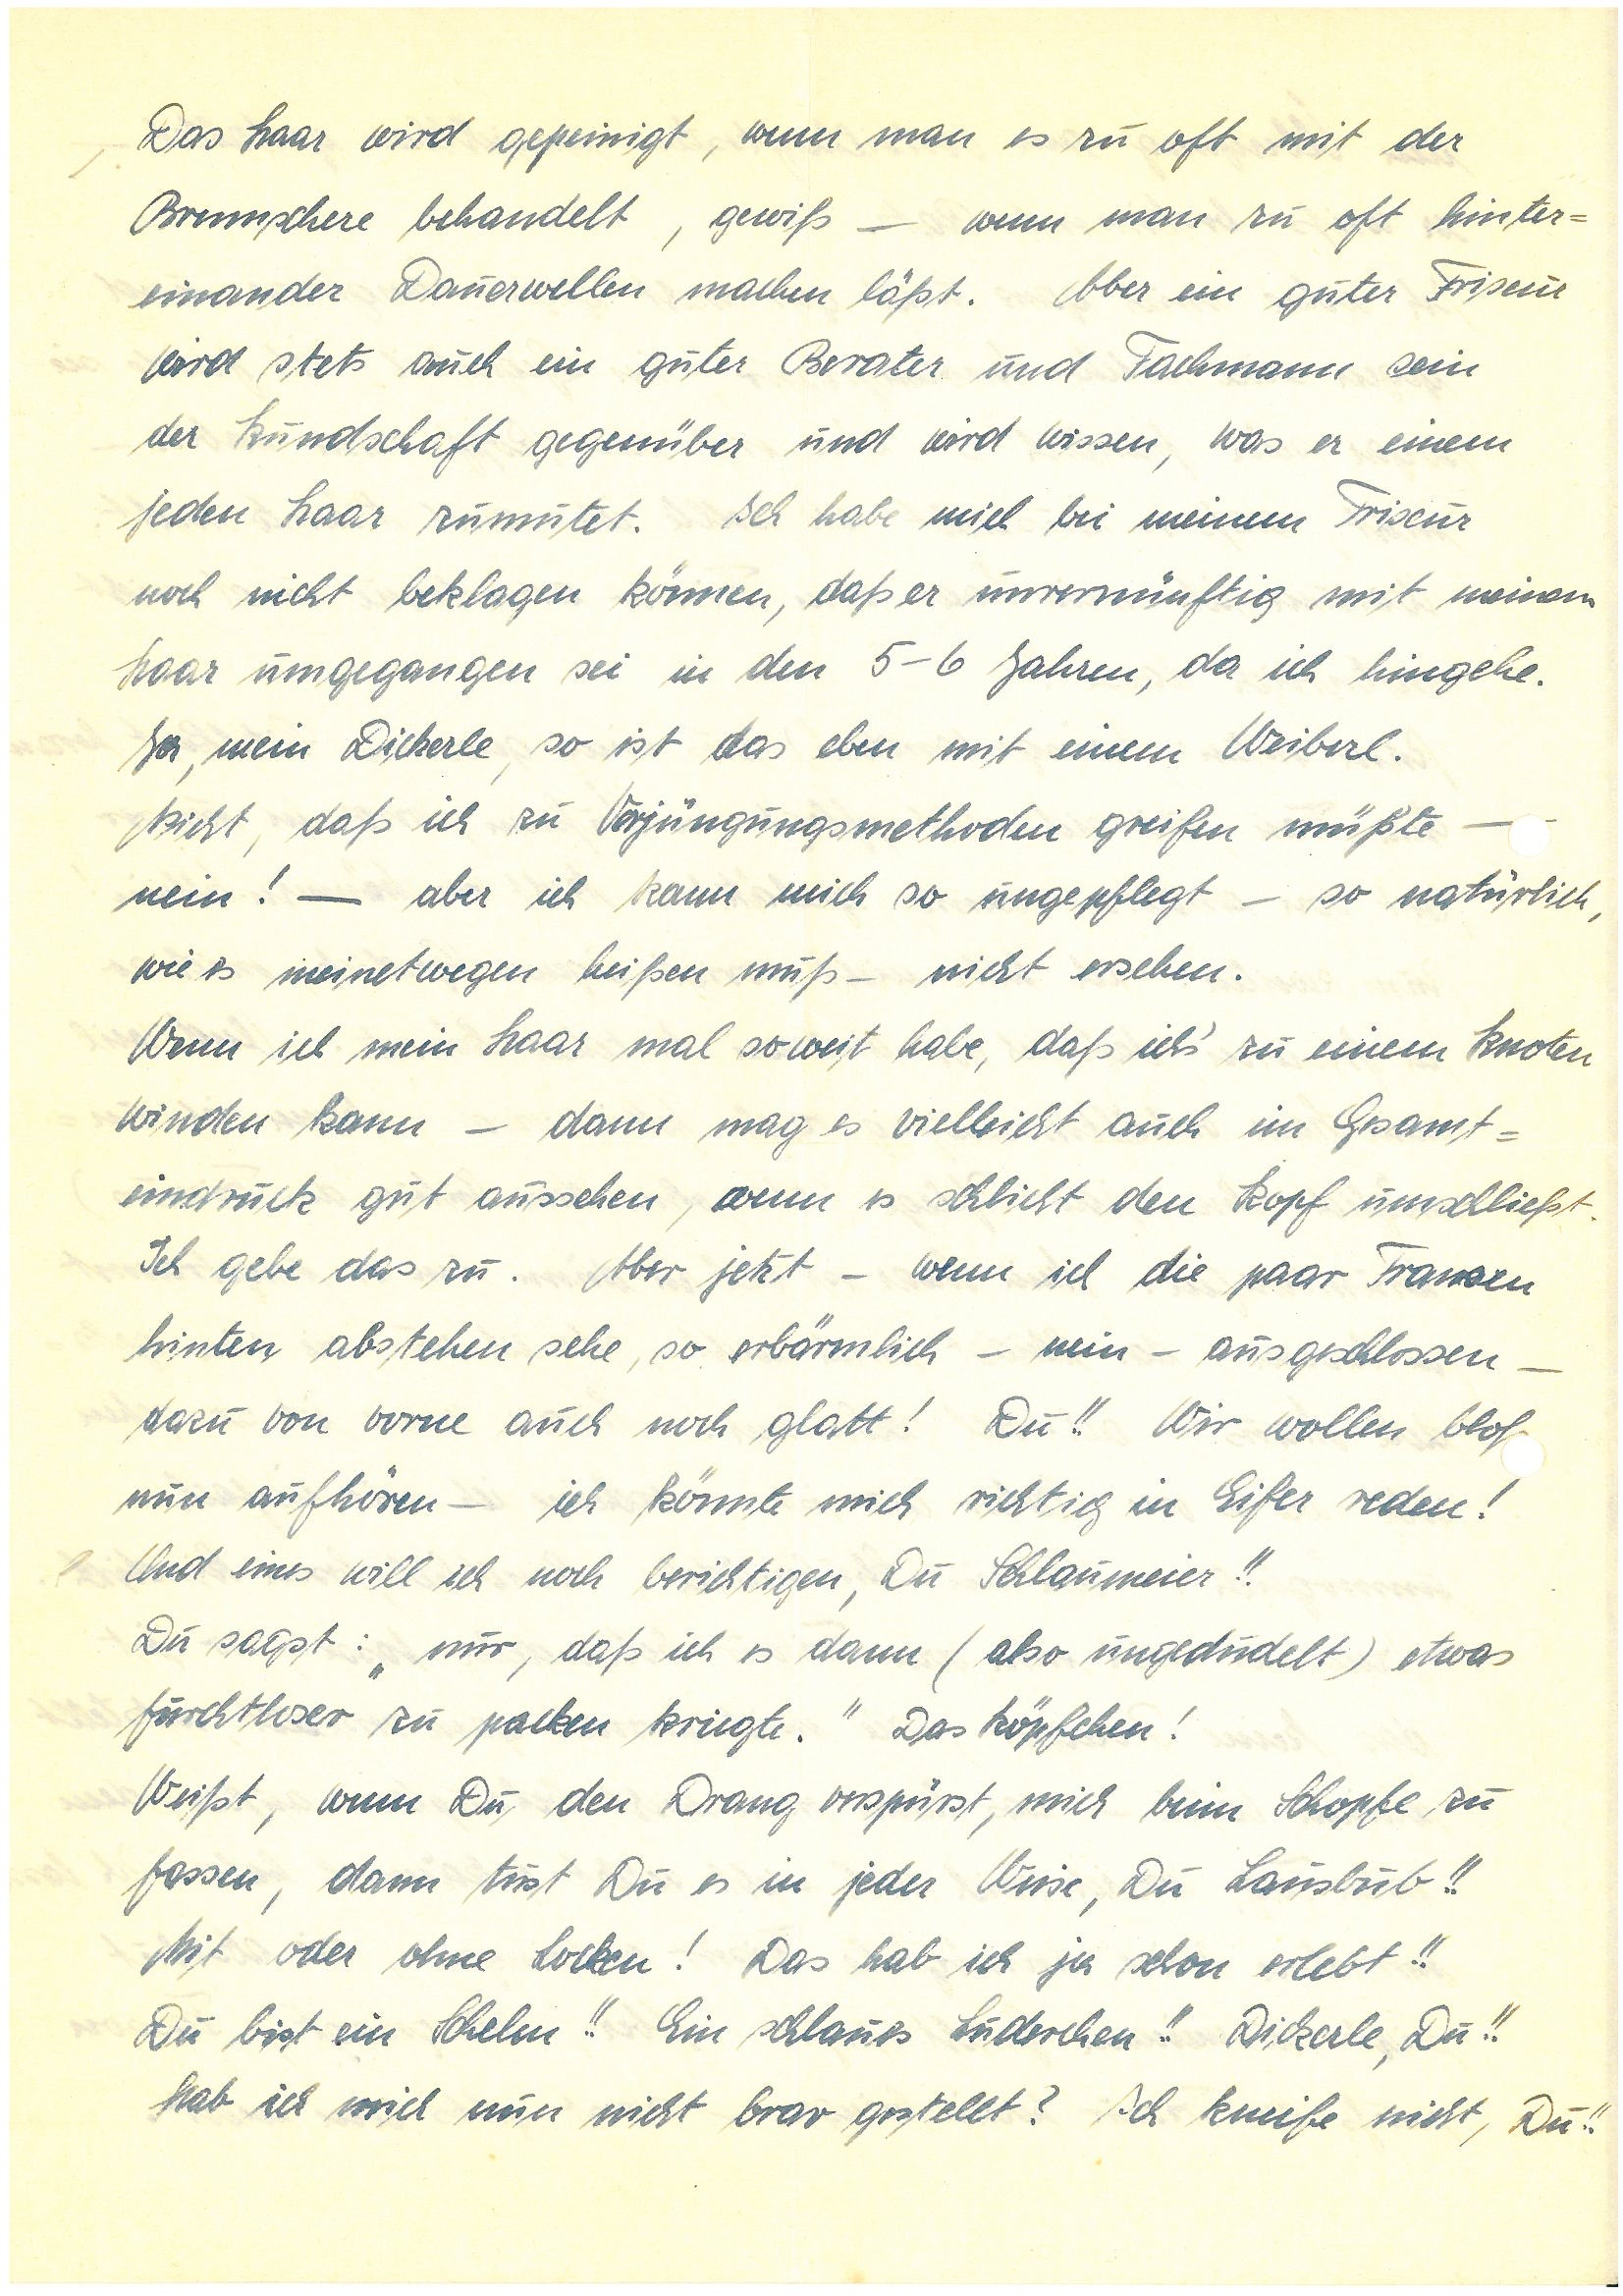
Das Haar wird gepeinigt, wenn man es zu oft mit der
Brennschere behandelt, gewiß – wenn man zu oft hinter¬
einander Dauerwellen machen läßt. Aber ein guter Friseur
wird stets auch ein guter Berater und Fachmann sein
der Kundschaft gegenüber und wird wissen, was er einem
jeden Haar zumutet. Ich habe mich bei meinem Friseur
noch nicht beklagen können, daß er unvernünftig mit meinem
Haar umgegangen sei in den 5-6 Jahren, da ich hingehe.
Ja, mein Dickerle, so ist das eben mit einem Weiberl.
Nicht, daß ich zu Verjüngungsmethoden greifen müßte —
nein! — aber ich kann mich so ungepflegt – so natürlich,
wie es meinetwegen heißen muß – nicht ersehen.
Wenn ich mein Haar mal soweit habe, daß ich’s zu einem Knoten
winden kann – dann mag ich vielleicht auch im Gesamt¬
eindruck gut aussehen, wenn es schlicht den Kopf umschießt.
Ich gebe das zu. Aber jetzt – wenn ich die paar Fransen
hinten abstehen sehe, so erbärmlich – nein – ausgeschlossen –
dazu von vorne auch noch glatt! Du!! Wir wollen bloß
nun aufhören – ich könnte mich richtig in Eifer reden!!
Und eines will ich noch berichtigen, Du Schlaumeier!!
Du sagst: „nur, daß ich es dann (also ungedudelt) etwas
furchtloser zu packen kriegte.“ Das Köpfchen!
Weißt, wenn Du den Drang verspürst, mich beim Schopfe zu
fassen, dann tust Du es in jeder Weise, Du Lausbub!!
Mit oder ohne Locken! Das hab ich ja schon erlebt!!
Du bist ein Schelm!! Ein schlaues Luderchen!! Dickerle, Du!!
Hab ich mich nun nicht brav gestellt? Ich kneife nicht, Du!!